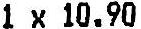
1 X 10.90